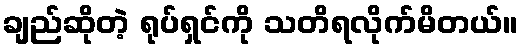
ချည်ဆိုတဲ့ ရုပ်ရှင်ကို သတိရလိုက်မိတယ်။